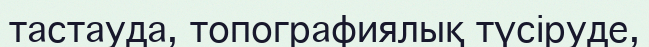
тастауда, топографиялық түсіруде,